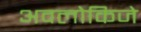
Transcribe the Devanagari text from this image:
अवलोकिजे